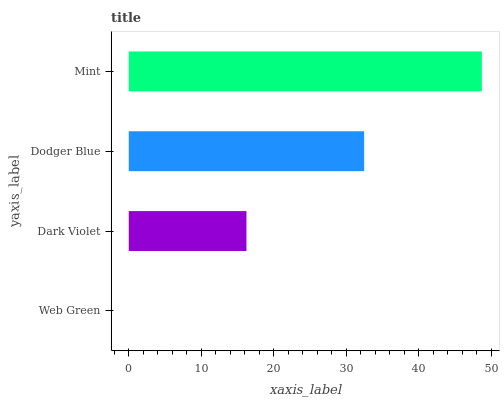
| yaxis_label | bars |
 | --- | --- |
 | Web Green | 0 |
 | Dark Violet | 16.2 |
 | Dodger Blue | 32.5 |
 | Mint | 48.7 |